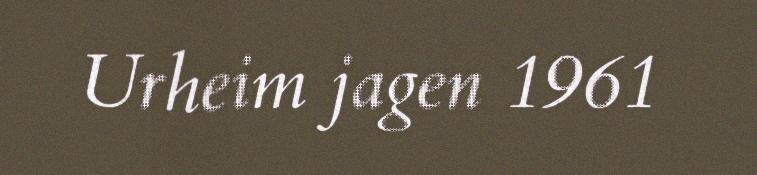
Urheim jagen 1961